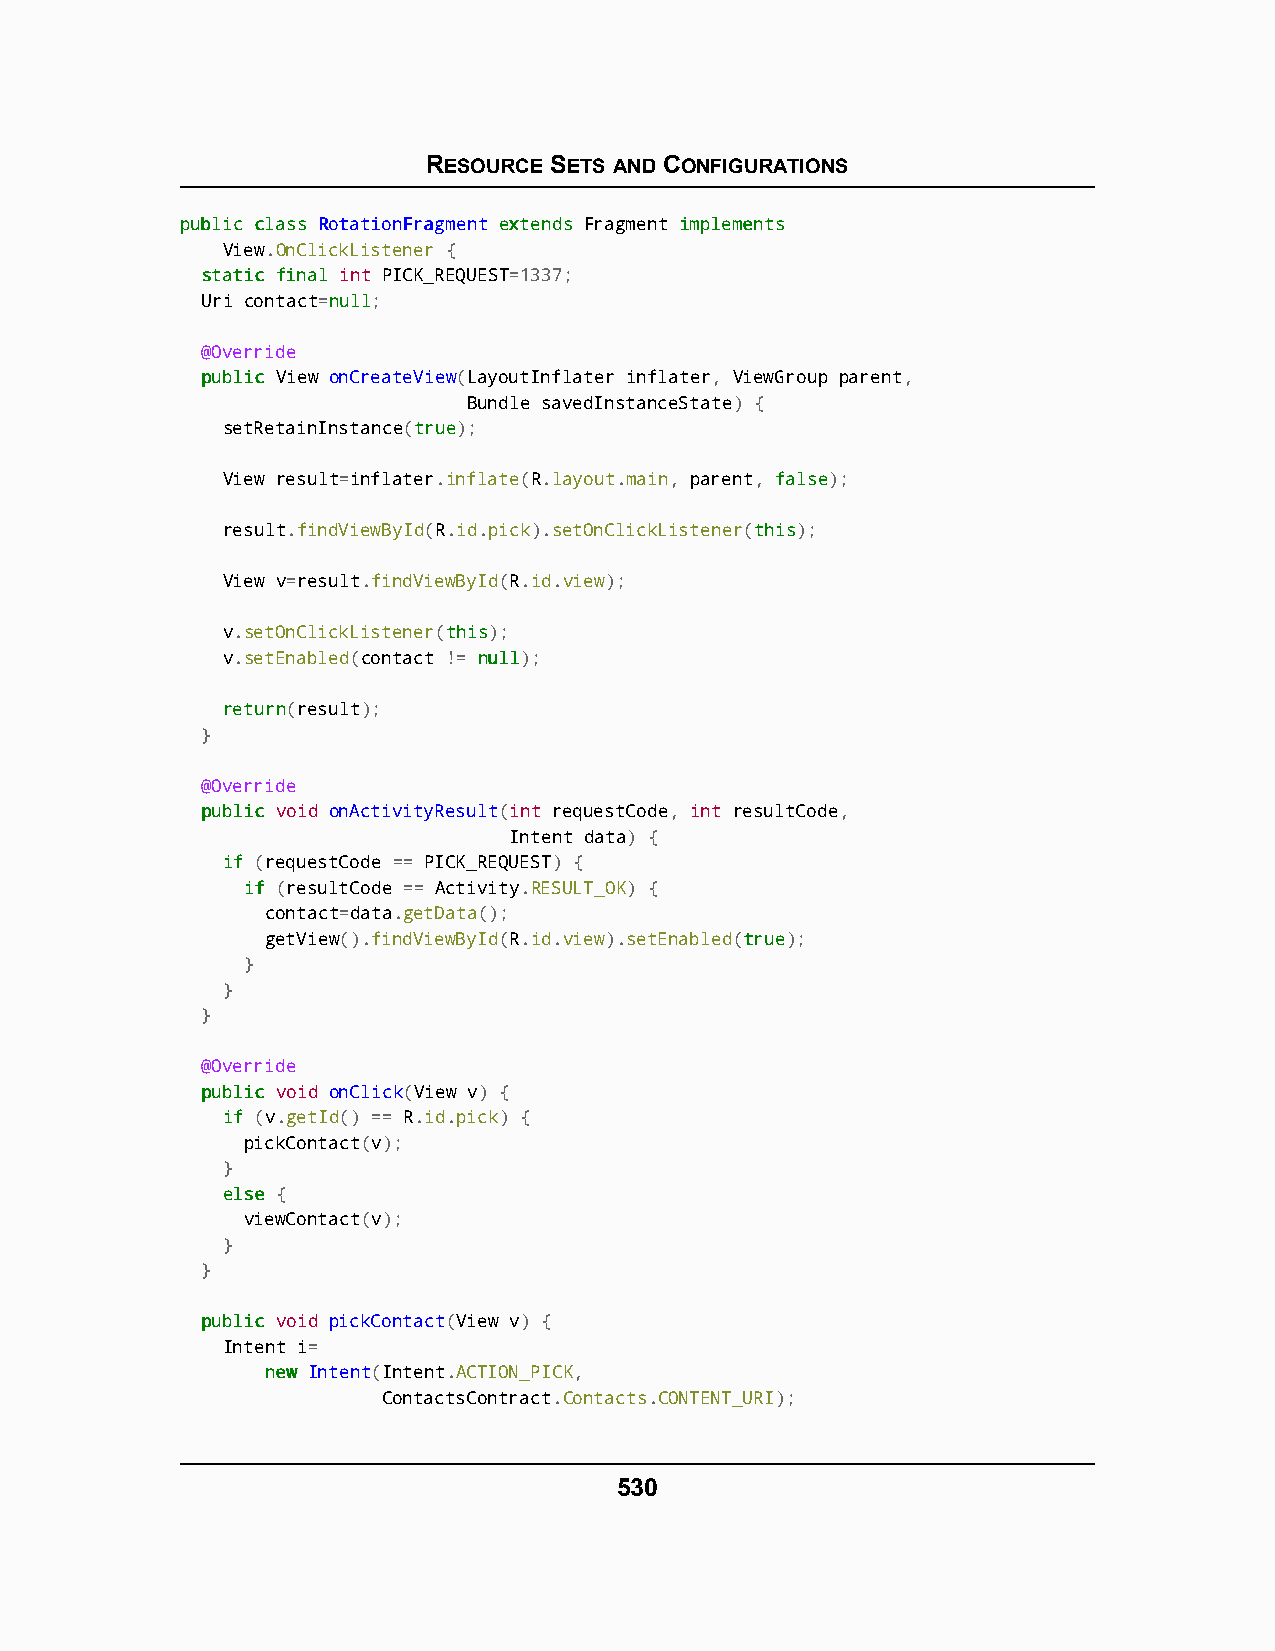
RESOURCE SETS AND CONFIGURATIONS
 ppuubblliicc ccllaassss RRoottaattiioonnFFrraaggmmeenntt eexxtteennddss Fragment iimmpplleemmeennttss
 View.OnClickListener {
 ssttaattiicc ffiinnaall int PICK_REQUEST=1337;
 Uri contact=nnuullll;
 @Override
 ppuubblliicc View onCreateView(LayoutInflater inflater, ViewGroup parent,
 Bundle savedInstanceState) {
 setRetainInstance(ttrruuee);
 View result=inflater.inflate(R.layout.main, parent, ffaallssee);
 result.findViewById(R.id.pick).setOnClickListener(tthhiiss);
 View v=result.findViewById(R.id.view);
 v.setOnClickListener(tthhiiss);
 v.setEnabled(contact != nnuullll);
 rreettuurrnn(result);
 }
 @Override
 ppuubblliicc void onActivityResult(int requestCode, int resultCode,
 Intent data) {
 iiff (requestCode == PICK_REQUEST) {
 iiff (resultCode == Activity.RESULT_OK) {
 contact=data.getData();
 getView().findViewById(R.id.view).setEnabled(ttrruuee);
 }
 }
 }
 @Override
 ppuubblliicc void onClick(View v) {
 iiff (v.getId() == R.id.pick) {
 pickContact(v);
 }
 eellssee {
 viewContact(v);
 }
 }
 ppuubblliicc void pickContact(View v) {
 Intent i=
 nneeww Intent(Intent.ACTION_PICK,
 ContactsContract.Contacts.CONTENT_URI);
 530